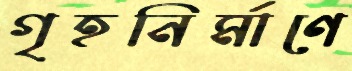
গৃহনির্মাণে